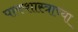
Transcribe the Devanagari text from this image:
पाकशास्त्राच्या